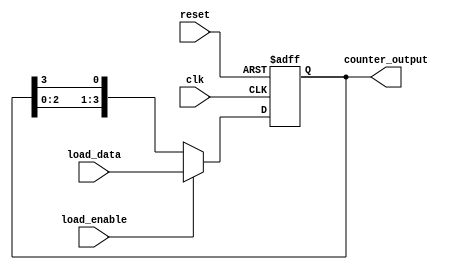
module loadable_ring_counter #(
    parameter N = 4  // Number of bits in the counter
)(
    input wire clk,                // Clock signal
    input wire reset,              // Asynchronous reset
    input wire load_enable,        // Load enable signal
    input wire [N-1:0] load_data,  // Data to load into the counter
    output reg [N-1:0] counter_output // Current state of the ring counter
);

    // Internal signal for the next state
    reg [N-1:0] next_state;

    always @(posedge clk or posedge reset) begin
        if (reset) begin
            // Asynchronous reset
            counter_output <= {N{1'b0}}; // Set all bits to 0
        end else if (load_enable) begin
            // Load new data into the counter
            counter_output <= load_data;
        end else begin
            // Ring counting operation
            next_state = {counter_output[N-2:0], counter_output[N-1]}; // Shift left
            next_state[0] = counter_output[N-1]; // Feedback from the last flip-flop
            counter_output <= next_state;
        end
    end

endmodule